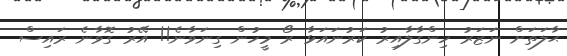
ޙާލަތަށް ނަޒަރު ހިންގާލާއިރު ކަރުނައަޅާ ރޯ މީހުން ގިނަވާނެ!! އޭރު ގޮވާނެ ރައިސް